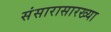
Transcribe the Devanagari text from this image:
संसारासारख्या